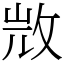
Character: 𣁋